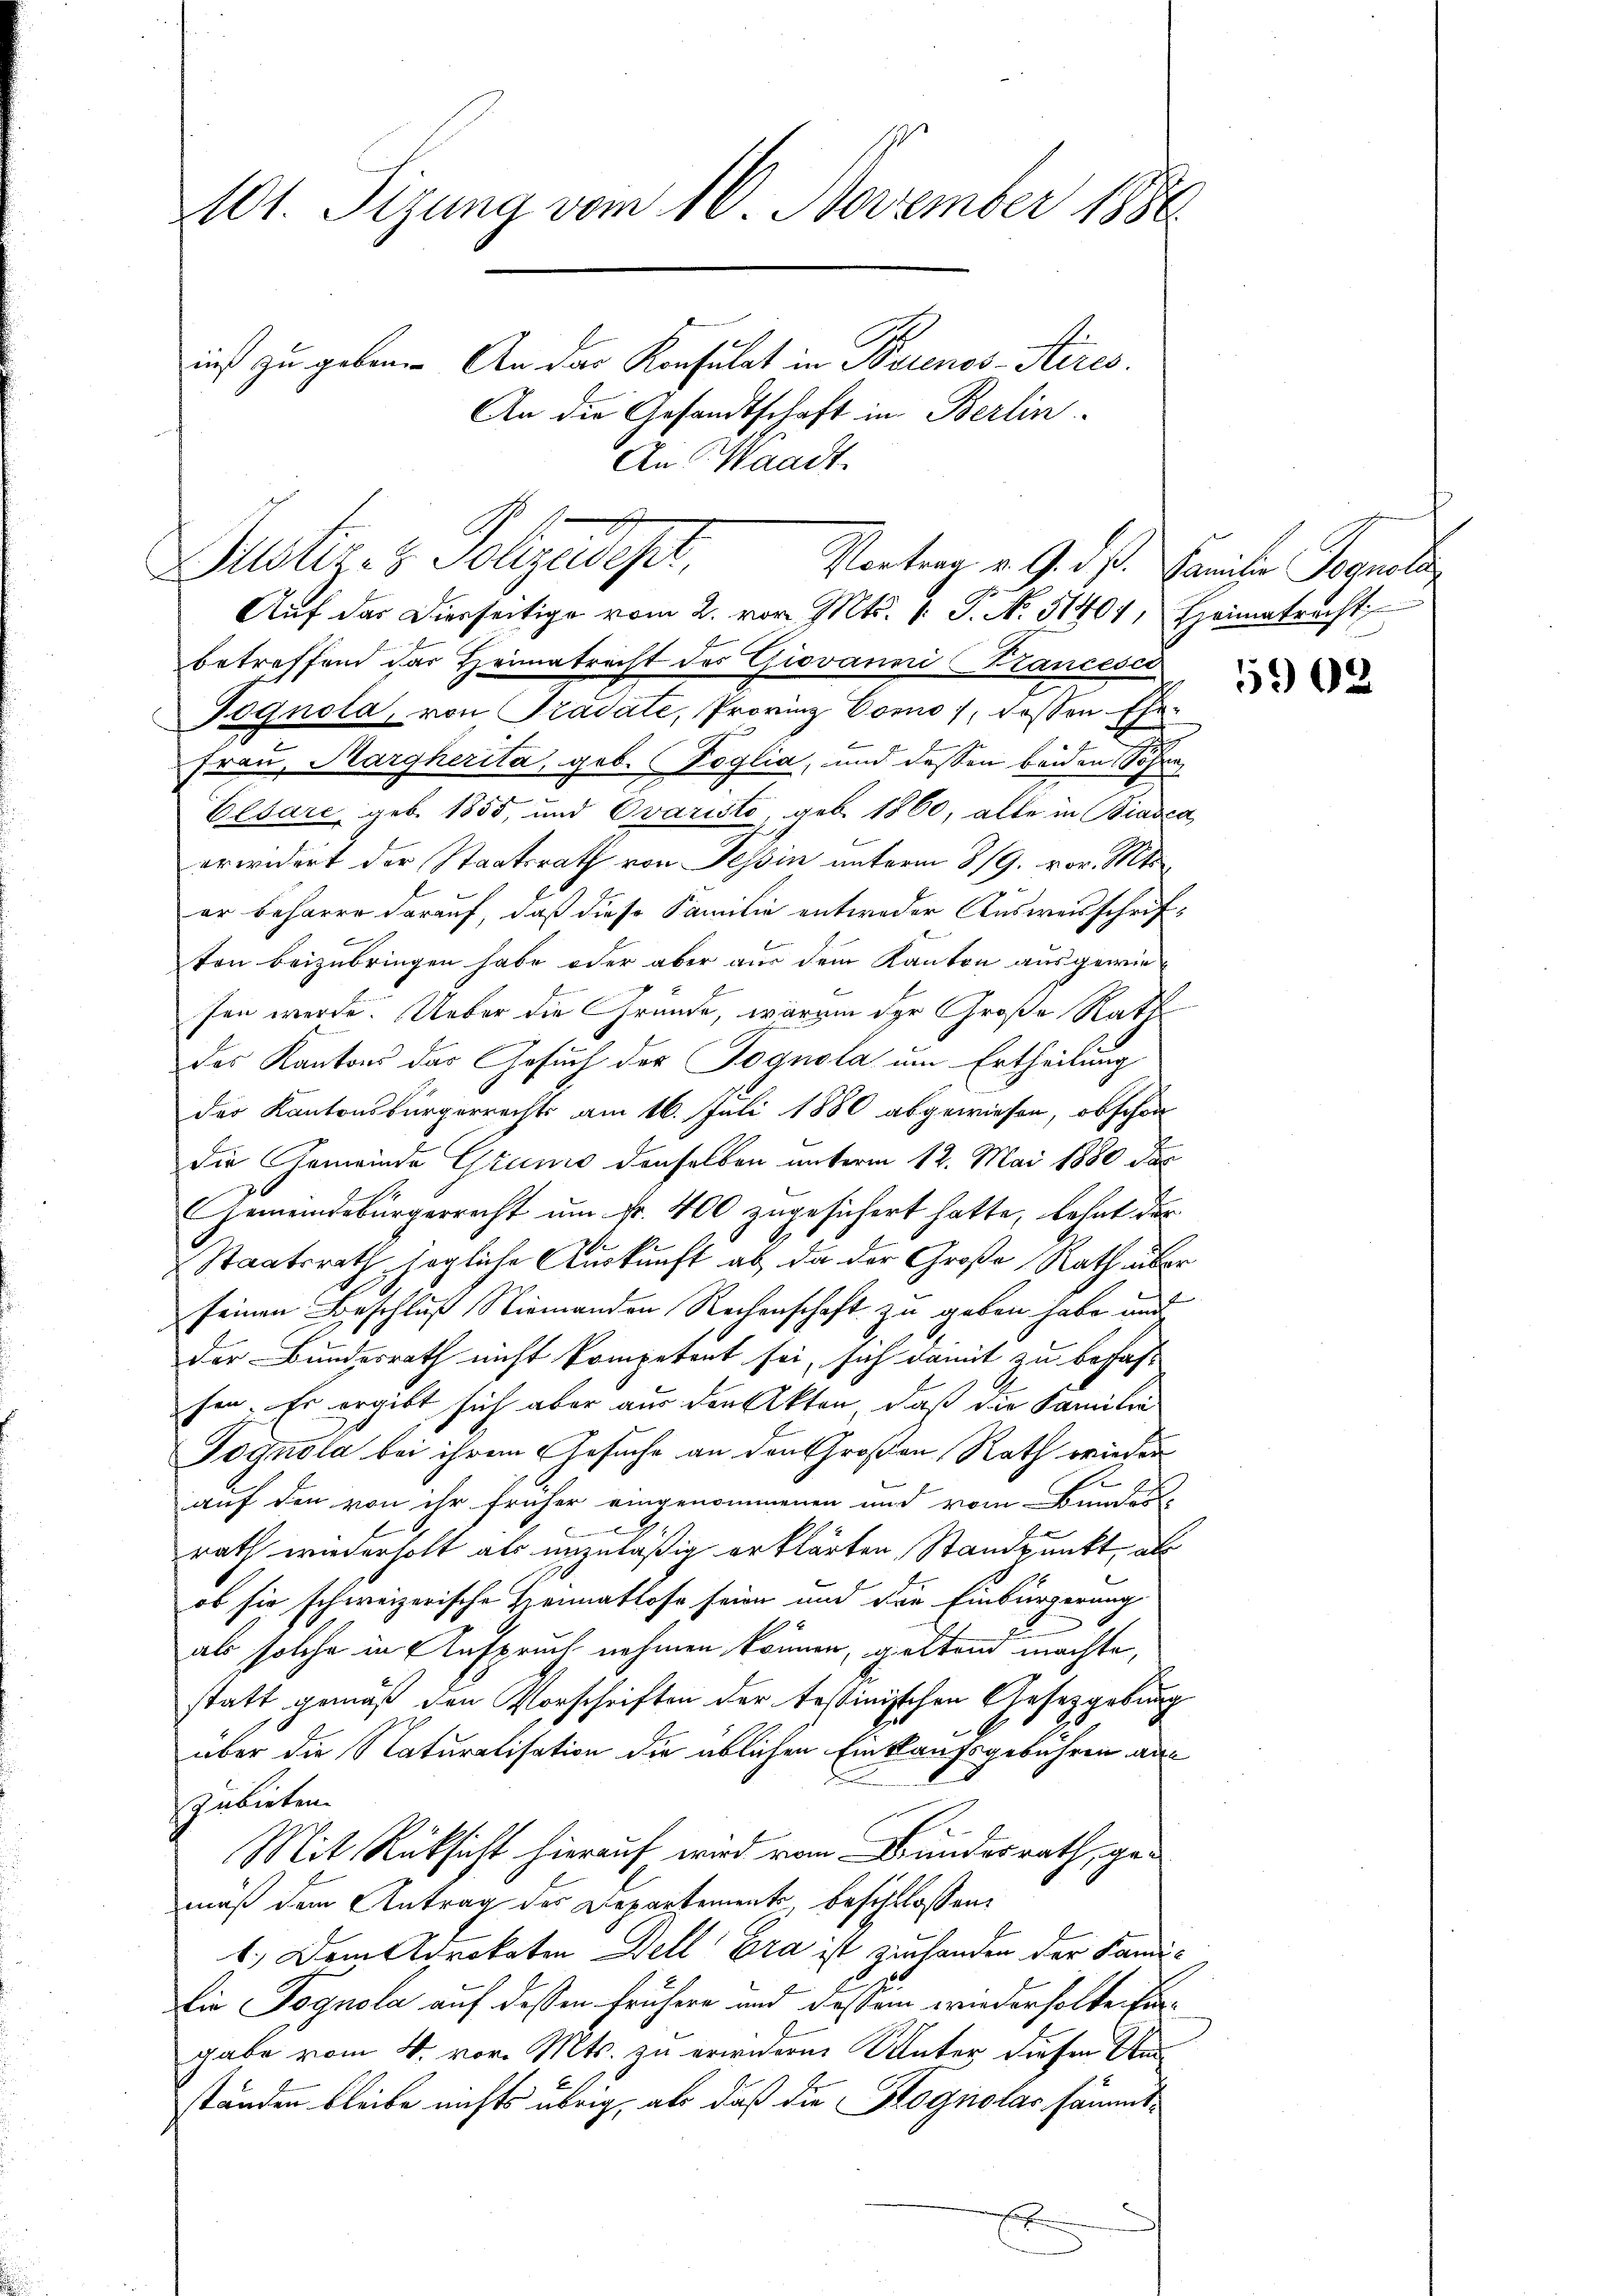
101. Sizung vom 10. November 1886
nis zu geben. An das Konsulat in Buenos-Aires.
An die Gesandtschaft in Berlin.
An Waadt.

Justiz- & Polizeidigt,
Vortrag v. 9. d. Familie Pagnola
Auf das Dierseitige vom 2. vor. Mts. 1. P. No. 31401, Heimatrecht

betreffend der Heimatrecht des Giovanni Krancess
Pognola, von Pradate, Provinz Como, dassen Ehe¬
Frau, Aargherita, geb. Voglia, und dessen beiden Söhne
Elsare geb. 1855, und Ovaristo, geb. 1860, alte in Biasca
erwidert der Staatsrath von Tessin unterm 3/9. vor. Mts.
er beharre darauf, daß diese Familie entweder Ausweisschriften beizubringen habe oder aber aus dem Kanton ausgewiesen werde. Ueber die Gründe, warum der Große Rath
des Kantons das Gesuch der Jognola um Ertheilung
des Kantonsbürgerrechts am 16. Juli 1880 abgewiesen, obschon
die Gemeinde Grund denselben unterm 12. Mai 1880 der
Gemeindebürgerrecht um fr. 400 zugesichert hatte, lehnt der
Staatsrath, hogliche Auskunft ab, da der Große Rath über
seinen Beschluß Niemanden Rechenschaft zu geben habe und
der Bundesrath nicht kompetent sei, sich damit zu befass
fen. Es ergibt sich aber aus den Akten, daß die Familie
Jognola bei ihrem Gesuche an den Großen Rath wieder
auf den von ihr früher eingenommenen und vom Bundes
rath wiederholt als unzuläßig erklärten Standpunkt, als
ob sie schweizerische Freimatlose seien und den Einbürgerung
als solche in Anspruch nehmen können, geltend machte,
statt gemäß den Vorschriften der testinischen Gesetzgebung
über die Naturalisation die üblichen Einklangsgebühren anzubieten.
Mit Rüksicht hierauf wird vom Bundesrath, gemuß dem Antrag des Departements, beschlossen:
1.) Dem Acrokaten Dell Gra ist ziehanden der Landi¬
Die Pognola auf dessen frühere und dessen wiederholtentin
gabe vom 4. vor. Mts. zu erwidern Unter diesen Umständen bleibe nichts übrig, als daß die Hognolas sämmt¬
E

1902